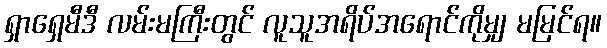
ရှာရှေမီဒီ လမ်းမကြီးတွင် လူသူအရိပ်အရောင်ကိုမျှ မမြင်ရ။